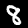
Label: 8